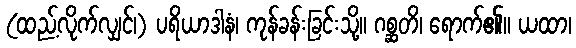
(ထည့်လိုက်လျှင်၊) ပရိယာဒါနံ၊ ကုန်ခန်းခြင်းသို့။ ဂစ္ဆတိ၊ ရောက်၏။ ယထာ၊